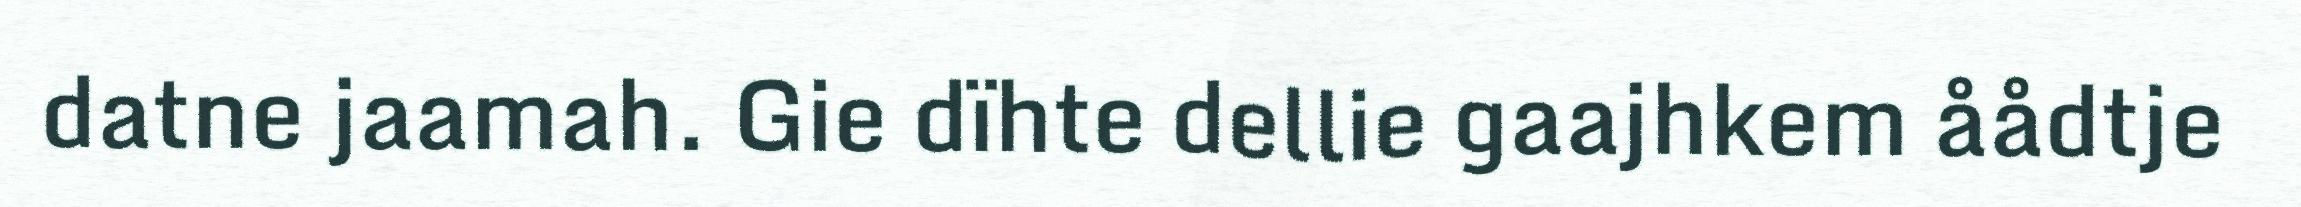
datne jaamah. Gie dïhte dellie gaajhkem åådtje